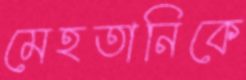
মেহতানিকে